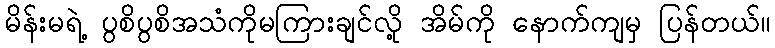
မိန်းမရဲ့ ပွစိပွစိအသံကိုမကြားချင်လို့ အိမ်ကို နောက်ကျမှ ပြန်တယ်။